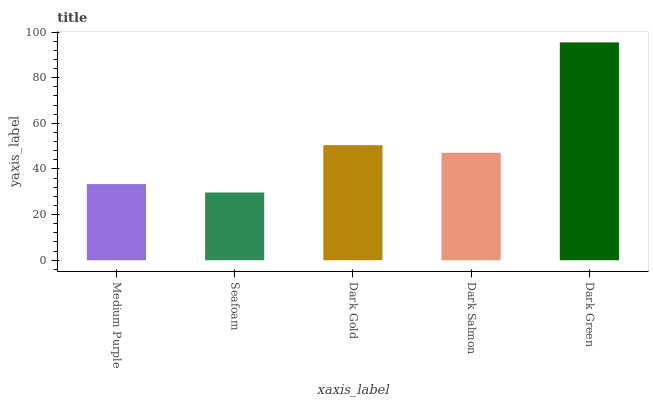
| xaxis_label | bars |
 | --- | --- |
 | Medium Purple | 33.4 |
 | Seafoam | 29.7 |
 | Dark Gold | 50.4 |
 | Dark Salmon | 47.1 |
 | Dark Green | 95.5 |